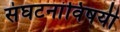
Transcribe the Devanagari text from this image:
संघटनांविषयी